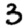
Digit: 3